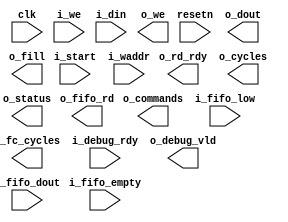
// Verilog netlist produced by program LSE 
// Netlist written on Wed Mar 23 10:32:36 2022
// Source file index table: 
// Object locations will have the form @<file_index>(<first_ line>[<left_column>],<last_line>[<right_column>])
// file 0 "c:/lscc/radiant/3.1/ip/common/adder/rtl/lscc_adder.v"
// file 1 "c:/lscc/radiant/3.1/ip/common/adder_subtractor/rtl/lscc_add_sub.v"
// file 2 "c:/lscc/radiant/3.1/ip/common/complex_mult/rtl/lscc_complex_mult.v"
// file 3 "c:/lscc/radiant/3.1/ip/common/counter/rtl/lscc_cntr.v"
// file 4 "c:/lscc/radiant/3.1/ip/common/fifo/rtl/lscc_fifo.v"
// file 5 "c:/lscc/radiant/3.1/ip/common/fifo_dc/rtl/lscc_fifo_dc.v"
// file 6 "c:/lscc/radiant/3.1/ip/common/mult_accumulate/rtl/lscc_mult_accumulate.v"
// file 7 "c:/lscc/radiant/3.1/ip/common/mult_add_sub/rtl/lscc_mult_add_sub.v"
// file 8 "c:/lscc/radiant/3.1/ip/common/mult_add_sub_sum/rtl/lscc_mult_add_sub_sum.v"
// file 9 "c:/lscc/radiant/3.1/ip/common/multiplier/rtl/lscc_multiplier.v"
// file 10 "c:/lscc/radiant/3.1/ip/common/ram_dp/rtl/lscc_ram_dp.v"
// file 11 "c:/lscc/radiant/3.1/ip/common/ram_dq/rtl/lscc_ram_dq.v"
// file 12 "c:/lscc/radiant/3.1/ip/common/rom/rtl/lscc_rom.v"
// file 13 "c:/lscc/radiant/3.1/ip/common/subtractor/rtl/lscc_subtractor.v"
// file 14 "c:/lscc/radiant/3.1/ip/pmi/pmi_add.v"
// file 15 "c:/lscc/radiant/3.1/ip/pmi/pmi_addsub.v"
// file 16 "c:/lscc/radiant/3.1/ip/pmi/pmi_complex_mult.v"
// file 17 "c:/lscc/radiant/3.1/ip/pmi/pmi_counter.v"
// file 18 "c:/lscc/radiant/3.1/ip/pmi/pmi_dsp.v"
// file 19 "c:/lscc/radiant/3.1/ip/pmi/pmi_fifo.v"
// file 20 "c:/lscc/radiant/3.1/ip/pmi/pmi_fifo_dc.v"
// file 21 "c:/lscc/radiant/3.1/ip/pmi/pmi_mac.v"
// file 22 "c:/lscc/radiant/3.1/ip/pmi/pmi_mult.v"
// file 23 "c:/lscc/radiant/3.1/ip/pmi/pmi_multaddsub.v"
// file 24 "c:/lscc/radiant/3.1/ip/pmi/pmi_multaddsubsum.v"
// file 25 "c:/lscc/radiant/3.1/ip/pmi/pmi_ram_dp.v"
// file 26 "c:/lscc/radiant/3.1/ip/pmi/pmi_ram_dp_be.v"
// file 27 "c:/lscc/radiant/3.1/ip/pmi/pmi_ram_dq.v"
// file 28 "c:/lscc/radiant/3.1/ip/pmi/pmi_ram_dq_be.v"
// file 29 "c:/lscc/radiant/3.1/ip/pmi/pmi_rom.v"
// file 30 "c:/lscc/radiant/3.1/ip/pmi/pmi_sub.v"
// file 31 "c:/lscc/radiant/3.1/cae_library/simulation/verilog/ice40up/ccu2_b.v"
// file 32 "c:/lscc/radiant/3.1/cae_library/simulation/verilog/ice40up/fd1p3bz.v"
// file 33 "c:/lscc/radiant/3.1/cae_library/simulation/verilog/ice40up/fd1p3dz.v"
// file 34 "c:/lscc/radiant/3.1/cae_library/simulation/verilog/ice40up/fd1p3iz.v"
// file 35 "c:/lscc/radiant/3.1/cae_library/simulation/verilog/ice40up/fd1p3jz.v"
// file 36 "c:/lscc/radiant/3.1/cae_library/simulation/verilog/ice40up/hsosc.v"
// file 37 "c:/lscc/radiant/3.1/cae_library/simulation/verilog/ice40up/hsosc1p8v.v"
// file 38 "c:/lscc/radiant/3.1/cae_library/simulation/verilog/ice40up/ib.v"
// file 39 "c:/lscc/radiant/3.1/cae_library/simulation/verilog/ice40up/ifd1p3az.v"
// file 40 "c:/lscc/radiant/3.1/cae_library/simulation/verilog/ice40up/lsosc.v"
// file 41 "c:/lscc/radiant/3.1/cae_library/simulation/verilog/ice40up/lsosc1p8v.v"
// file 42 "c:/lscc/radiant/3.1/cae_library/simulation/verilog/ice40up/ob.v"
// file 43 "c:/lscc/radiant/3.1/cae_library/simulation/verilog/ice40up/obz_b.v"
// file 44 "c:/lscc/radiant/3.1/cae_library/simulation/verilog/ice40up/ofd1p3az.v"
// file 45 "c:/lscc/radiant/3.1/cae_library/simulation/verilog/ice40up/pdp4k.v"
// file 46 "c:/lscc/radiant/3.1/cae_library/simulation/verilog/ice40up/rgb.v"
// file 47 "c:/lscc/radiant/3.1/cae_library/simulation/verilog/ice40up/rgb1p8v.v"
// file 48 "c:/lscc/radiant/3.1/cae_library/simulation/verilog/ice40up/sp256k.v"
// file 49 "c:/lscc/radiant/3.1/cae_library/simulation/verilog/ice40up/legacy.v"

//
// Verilog Description of module cnn_accel
//

module cnn_accel (clk, resetn, o_rd_rdy, i_start, i_we, i_waddr, 
            i_din, o_we, o_dout, o_cycles, o_commands, o_fc_cycles, 
            i_debug_rdy, o_debug_vld, o_fill, i_fifo_empty, i_fifo_low, 
            o_fifo_rd, i_fifo_dout, o_status);
    input clk;
    input resetn;
    output o_rd_rdy;
    input i_start;
    input i_we;
    input [16:0]i_waddr;
    input [15:0]i_din;
    output o_we;
    output [15:0]o_dout;
    output [31:0]o_cycles;
    output [31:0]o_commands;
    output [31:0]o_fc_cycles;
    input i_debug_rdy;
    output o_debug_vld;
    output o_fill;
    input i_fifo_empty;
    input i_fifo_low;
    output o_fifo_rd;
    input [31:0]i_fifo_dout;
    output [7:0]o_status;
    
    
    
endmodule